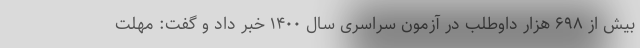
بیش از ۶۹۸ هزار داوطلب در آزمون سراسری سال ۱۴۰۰ خبر داد و گفت: مهلت